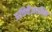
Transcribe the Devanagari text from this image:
प्रतिवैज्ञानिक